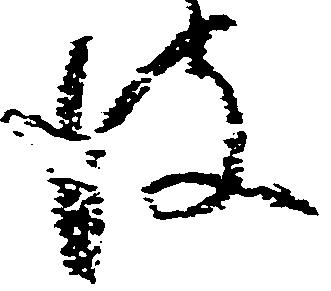
彼